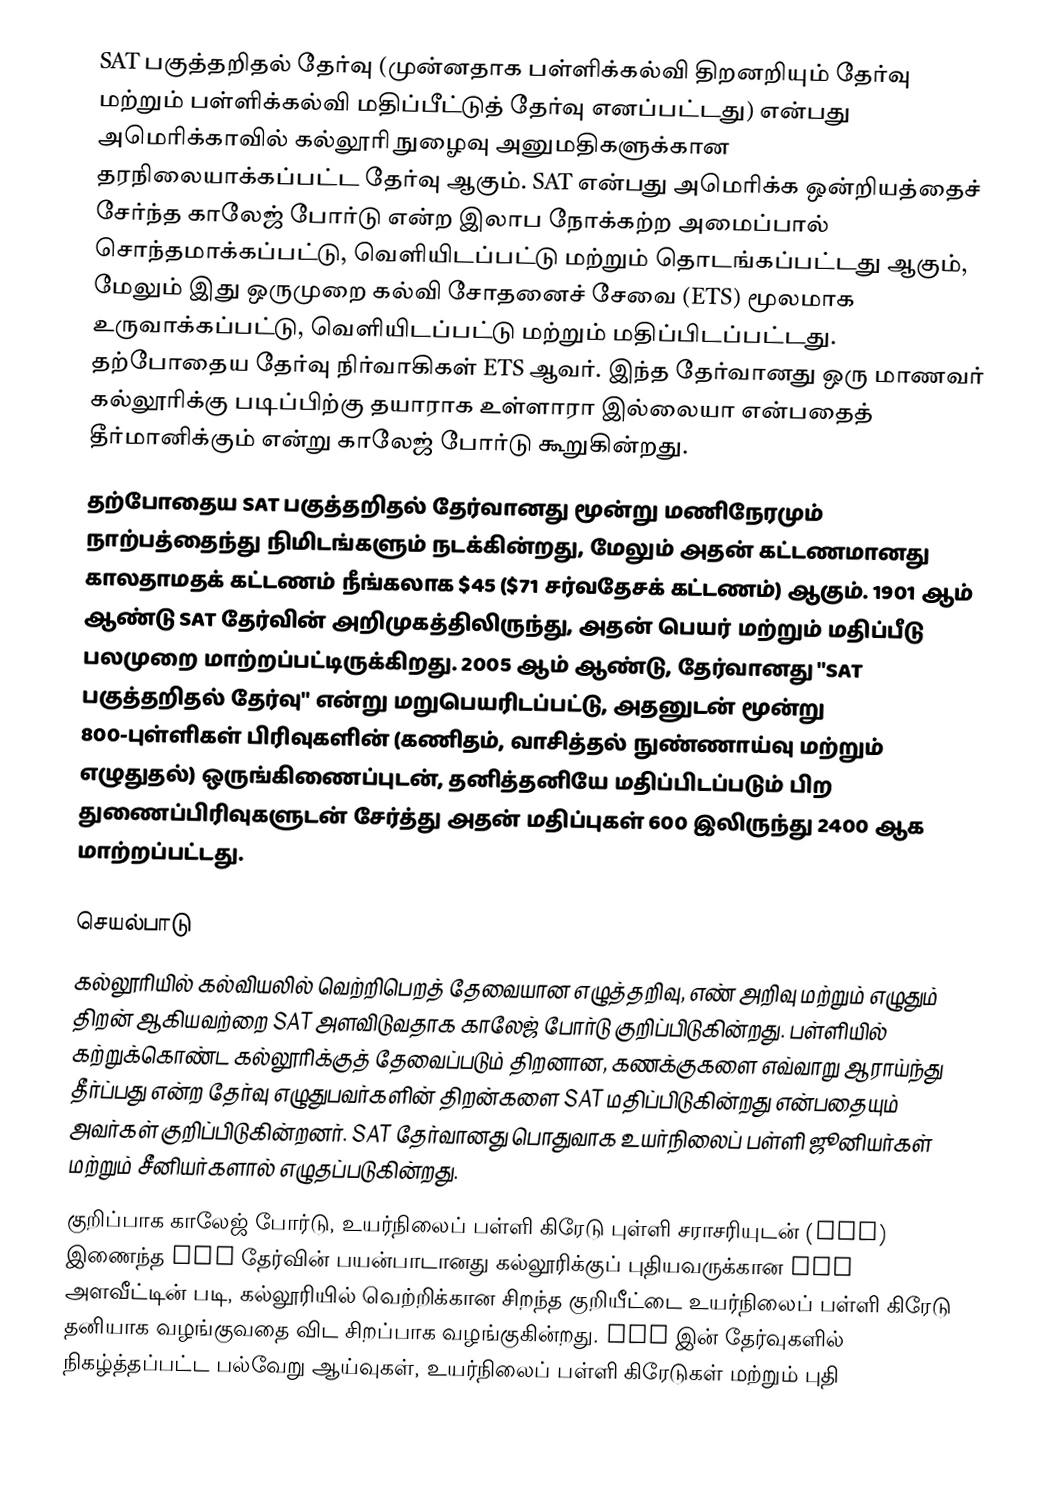
SAT பகுத்தறிதல் தேர்வு (முன்னதாக பள்ளிக்கல்வி திறனறியும் தேர்வு மற்றும் பள்ளிக்கல்வி மதிப்பீட்டுத் தேர்வு எனப்பட்டது) என்பது அமெரிக்காவில் கல்லூரி நுழைவு அனுமதிகளுக்கான தரநிலையாக்கப்பட்ட தேர்வு ஆகும். SAT என்பது அமெரிக்க ஒன்றியத்தைச் சேர்ந்த காலேஜ் போர்டு என்ற இலாப நோக்கற்ற அமைப்பால் சொந்தமாக்கப்பட்டு, வெளியிடப்பட்டு மற்றும் தொடங்கப்பட்டது ஆகும், மேலும் இது ஒருமுறை கல்வி சோதனைச் சேவை (ETS) மூலமாக உருவாக்கப்பட்டு, வெளியிடப்பட்டு மற்றும் மதிப்பிடப்பட்டது. தற்போதைய தேர்வு நிர்வாகிகள் ETS ஆவர். இந்த தேர்வானது ஒரு மாணவர் கல்லூரிக்கு படிப்பிற்கு தயாராக உள்ளாரா இல்லையா என்பதைத் தீர்மானிக்கும் என்று காலேஜ் போர்டு கூறுகின்றது.
தற்போதைய SAT பகுத்தறிதல் தேர்வானது மூன்று மணிநேரமும் நாற்பத்தைந்து நிமிடங்களும் நடக்கின்றது, மேலும் அதன் கட்டணமானது காலதாமதக் கட்டணம் நீங்கலாக $45 ($71 சர்வதேசக் கட்டணம்) ஆகும். 1901 ஆம் ஆண்டு SAT தேர்வின் அறிமுகத்திலிருந்து, அதன் பெயர் மற்றும் மதிப்பீடு பலமுறை மாற்றப்பட்டிருக்கிறது. 2005 ஆம் ஆண்டு, தேர்வானது "SAT பகுத்தறிதல் தேர்வு" என்று மறுபெயரிடப்பட்டு, அதனுடன் மூன்று 800-புள்ளிகள் பிரிவுகளின் (கணிதம், வாசித்தல் நுண்ணாய்வு மற்றும் எழுதுதல்) ஒருங்கிணைப்புடன், தனித்தனியே மதிப்பிடப்படும் பிற துணைப்பிரிவுகளுடன் சேர்த்து அதன் மதிப்புகள் 600 இலிருந்து 2400 ஆக மாற்றப்பட்டது.

செயல்பாடு
கல்லூரியில் கல்வியலில் வெற்றிபெறத் தேவையான எழுத்தறிவு, எண் அறிவு மற்றும் எழுதும் திறன் ஆகியவற்றை SAT அளவிடுவதாக காலேஜ் போர்டு குறிப்பிடுகின்றது. பள்ளியில் கற்றுக்கொண்ட கல்லூரிக்குத் தேவைப்படும் திறனான, கணக்குகளை எவ்வாறு ஆராய்ந்து தீர்ப்பது என்ற தேர்வு எழுதுபவர்களின் திறன்களை SAT மதிப்பிடுகின்றது என்பதையும் அவர்கள் குறிப்பிடுகின்றனர். SAT தேர்வானது பொதுவாக உயர்நிலைப் பள்ளி ஜூனியர்கள் மற்றும் சீனியர்களால் எழுதப்படுகின்றது.
குறிப்பாக காலேஜ் போர்டு, உயர்நிலைப் பள்ளி கிரேடு புள்ளி சராசரியுடன் (GPA) இணைந்த SAT தேர்வின் பயன்பாடானது கல்லூரிக்குப் புதியவருக்கான GPA அளவீட்டின் படி, கல்லூரியில் வெற்றிக்கான சிறந்த குறியீட்டை உயர்நிலைப் பள்ளி கிரேடு தனியாக வழங்குவதை விட சிறப்பாக வழங்குகின்றது. SAT இன் தேர்வுகளில் நிகழ்த்தப்பட்ட பல்வேறு ஆய்வுகள், உயர்நிலைப் பள்ளி கிரேடுகள் மற்றும் புதி